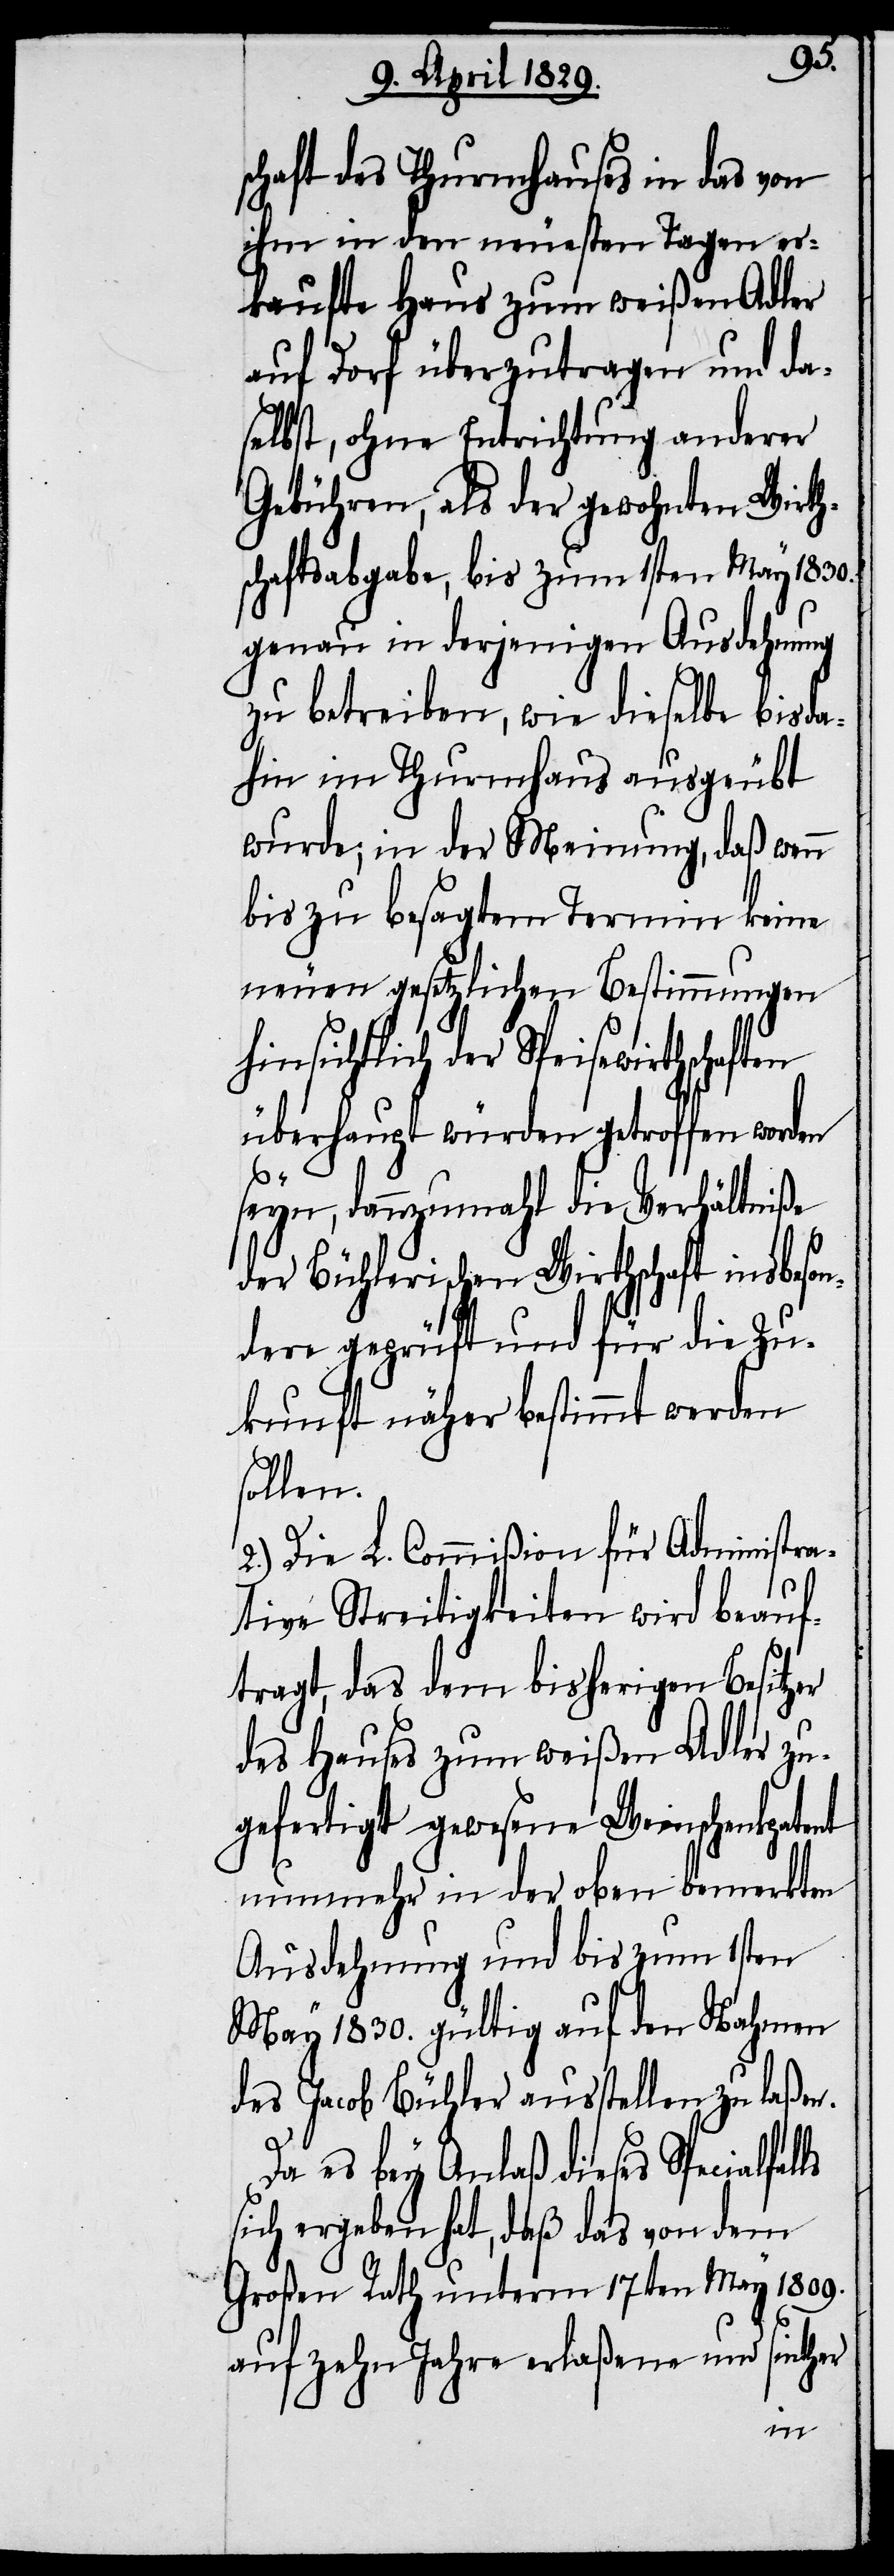
schaft des Thurmhauses in das von
ihm in den neuesten Tagen er¬
kaufte Haus zum weißen Adler
auf Dorf überzutragen und da¬
selbst, ohne Entrichtung anderer
Gebühren, als der gewohnten Wirth¬
schaftsabgabe, bis zum 1sten May 1830.
genau in derjenigen Ausdehnung
zu betreiben, wie dieselbe bisda¬
hin im Thurmhaus ausgeübt
wurde; in der Meinung, daß wenn
bis zu besagtem Termin keine
neuen gesetzlichen Bestimmungen
hinsichtlich der Speisewirthscha¬
überhaupt würden getroffen worden
ls
seyn, dannzumahl die Verhältniße
der Bühlerischen Wirthschaft insbeson¬
dere geprüft und für die Zu¬
kunft näher bestimmt werden
sollen.
2.) Die L. Commißion für Administra¬
tive Streitigkeiten wird beauf¬
tragt, das dem bisherigen Besitzer
des Hauses zum weißen Adler zu¬
gefertigt gewesene Weinschenkpatent
nunmehr in der oben bemerkten
Ausdehnung und bis zum 1sten
May 1830. gültig auf den Nahmen
des Jacob Bühler ausstellen zu laßen.
Da es bey Anlaß dieses Specialfal¬
sich ergeben hat, daß das von dem
Großen Rath unterm 17ten May 1809.
auf zehn Jahre erlaßene und seither
ften